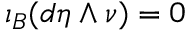
\iota _ { B } ( d \eta \wedge \nu ) = 0